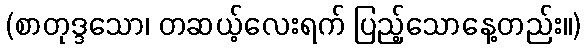
(စာတုဒ္ဒသော၊ တဆယ့်လေးရက် ပြည့်သောနေ့တည်း။)